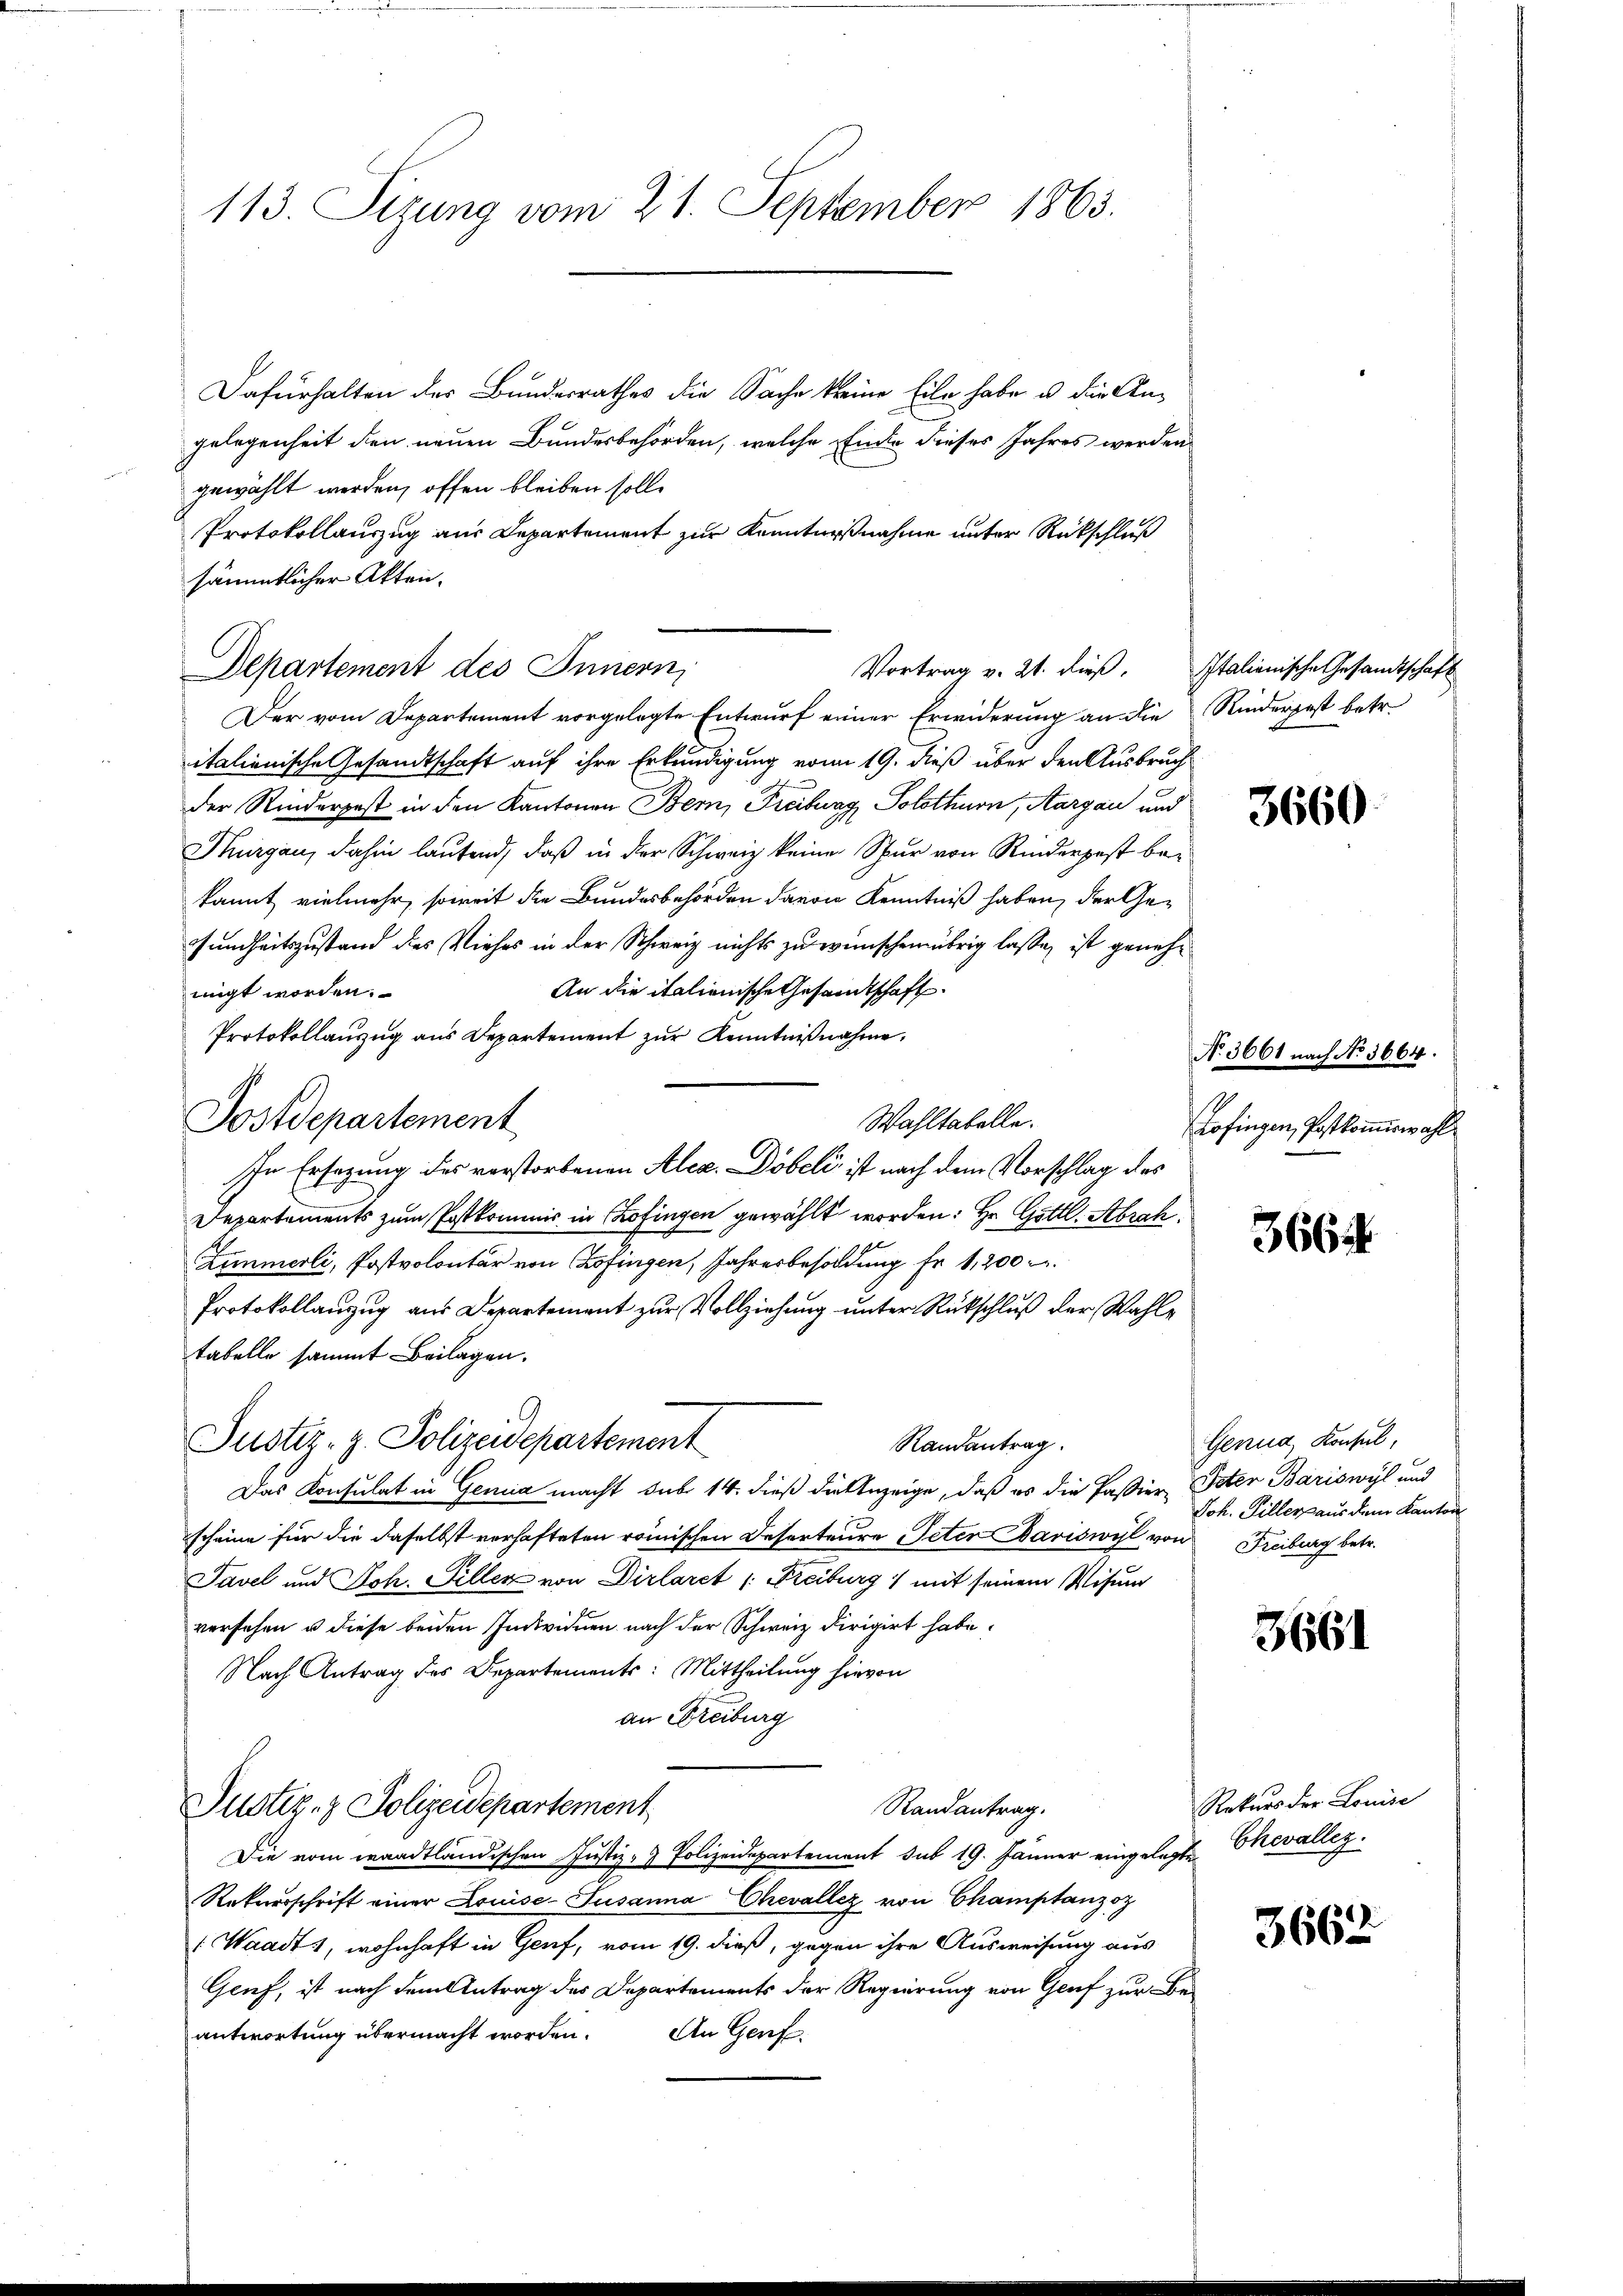
113. Sizung vom 21. September 1863.

Dafürhalten des Bundesrathes die Sache keine Eile habe u. die Angelegenheit den neuen Bundesbehörden, welche Einde dieses Jahres werden
gewählt werden, offen bleiben solle
Protokollauszug aus Departement zur Kenntnißnahme unter Rückschluß
sämmtlicher Akten.
Departement des Innern,
Der vom Departement vorgelegte Entwurf einer Erwiderung an die Rinderpest betr.
italienische Gesandtschaft auf ihre Erkundigung vom 19. dieß über den Ausbruch
der Rinderpost in den Kantonen Bern, Freiburg, Solothurn, Aargau und
Thurgau, dahin lautend, daß in der Schweiz keine Spur von Rinderpest bekannt vielmehr, soweit die Bundesbehörden davon Kenntniß haben, der Gesundheitszustand des Viehes in der Schweiz nichts zu wünschen übrig lasse, ist geneh¬
An die italienische Gesandtschaft
migt worden.
Protokollanzug aus Departement zur Kenntnißnahme,
Postdepartement
Wahltabelle.
In Ersatzung des verstorbenen Alex. Döbeli ist nach dem Vorschlag des
Departements zum Postkommis in Zofingen gewählt worden: Hr. Göttl. Abrah
Zimmerli, Postvolontär von Zofingen, Jahresbesoldung Fr. 1,200
Protokollanzug aus Departement zur Vollziehung unter Rückschluß der Wahle
tabelle sammt Beilagen.
Justiz- z. Polizeidepartement
Randantrag.
Das Konsulat in Genia macht sub 14. dieß die Anzeige, daß es die Passier, Peter Bäriswyl und
scheine für die daselbst verhafteten römischen Deserteure Peten Pariswyl von Freiburg betr.
Savel und Joh. Filler von Dirlarct /: Freiburg mit seinem Visum
versehen u diese beiden Individuen nach der Schweiz dirigirt habe.
Nach Antrag des Departements: Mittheilung hievon
an Freiburg
Justiz- & Polizeidepartement
Randantrag.
Die vom waadtländischen Justiz- & Polizeidepartement sub 19. Jänner eingelegte Chevalleg
Rekursschrift einer Louise- Susanna Chevallez von Champtanzoz
: Waadt, wohnhaft in Genf, vom 19. dieß, gegen ihre Ausweisung aus
Geief, ist nach dem Antrag des Departements der Regierung von Genf zur Be-
antwortung übermacht worden.
An Genf.

Vortrag v. 21. dieß. Italienische Gesandtschaft

3660

No. 3661 nach No 3664.
Zofingen, Postkommiswahl

366

Genua Konsul,
Joh. Pilleraus dem Kanton

3661

Rekurs der Louise

3662